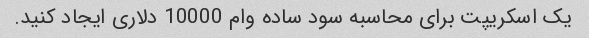
یک اسکریپت برای محاسبه سود ساده وام 10000 دلاری ایجاد کنید.